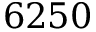
6 2 5 0